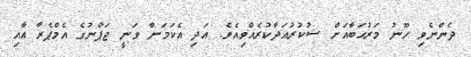
ދެންނެވި ހޫނު މަރުޙަބާއަށް ޝުކުރުއަދާކުރެއްވިއެވެ. އަދި އެކަމަނާ ވަނީ ޖަޕާނުގެ އެމްޕެރާ އާއި